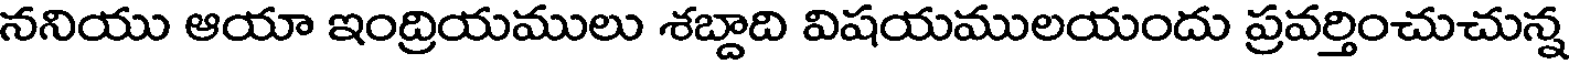
ననియు ఆయా ఇంద్రియములు శబ్దాది విషయములయందు ప్రవర్తించుచున్న